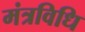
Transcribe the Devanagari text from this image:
मंत्रविधि